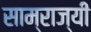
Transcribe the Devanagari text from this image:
साम्राज्यी